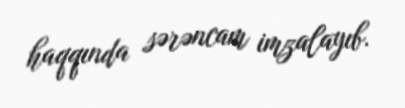
haqqında sərəncam imzalayıb.